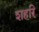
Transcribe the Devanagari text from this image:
शहरि